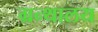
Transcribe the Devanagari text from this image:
ग्रन्‍थालय